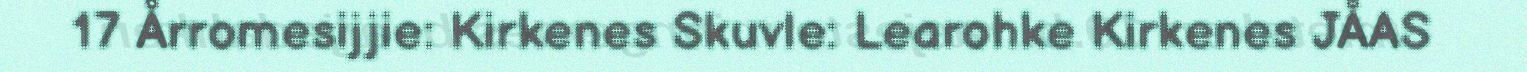
17 Årromesijjie: Kirkenes Skuvle: Learohke Kirkenes JÅAS